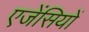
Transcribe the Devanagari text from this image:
एजेंसियों